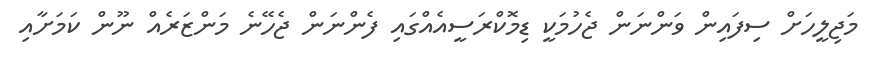
މަޖިލީހަށް ސިފައިން ވަންނަން ޖެހުމަކީ ޑިމޮކްރަސީއެއްގައި ފެންނަން ޖެހޭނެ މަންޒަރެއް ނޫން ކަމަށާއި